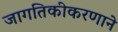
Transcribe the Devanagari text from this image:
जागतिकीकरणाने